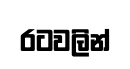
රටවලින්